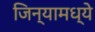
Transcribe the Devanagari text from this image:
जिन्यामध्ये